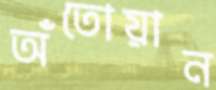
অঁতোয়ান